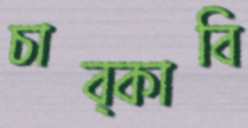
চাব্‌কাবি